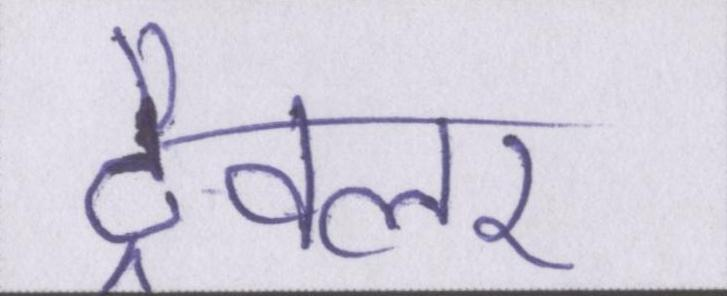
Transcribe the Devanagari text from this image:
ट्रैवलर